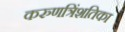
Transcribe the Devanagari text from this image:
करुणत्रिंशतिका